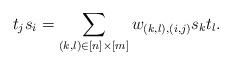
LaTeX: \begin{align*}t_j s_i = \sum_{(k,l) \in [n] \times [m]} w_{(k,l), (i,j)} s_k t_l.\end{align*}